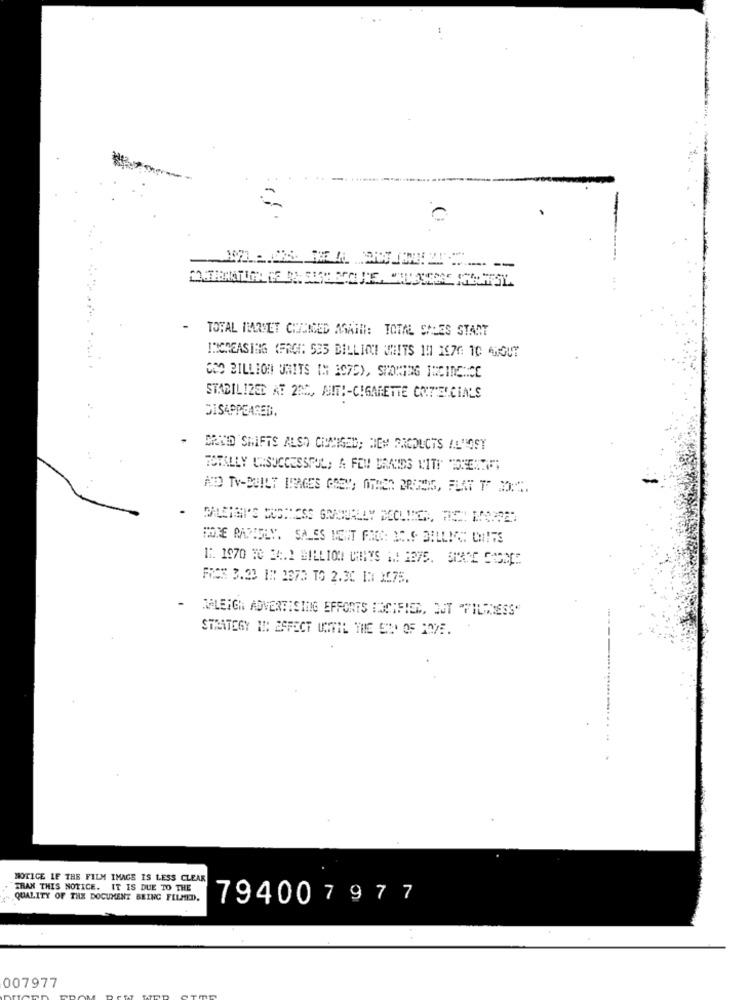
-
TOTAL ITERMET CIUMICED AGAIN: TOTAL SALES START
INCREASING (FRC: 535 BILLIONI UHITS 19 1976 10 4ROUT
GOO BILLION UNITS IN IS7DY, SMOKING INCIDENCE
STABIL IZED AT 20%, AT !- CIGARETTE CONTERCIALS
DISAPPEARED.
BRAD SHIFTS ALSO CIUMIGED; HEM PRODUCTS AL"OSY
FROS 3.23 IN 2870 TO 2.30 IN 1675.
- HALEIGH ADVERTISING EFFORTS DOCIFIER, OUT "FILMONESS"
STRATEGY IN: ESPECT UNTIL THE END OF HOME.
NOTICE IF THE FILM IMAGE IS LESS CLEAR
THAN THIS NOTICE. IT IS DUE TO THE
QUALITY OF THE DOCUMENT BEING FILMED.
794007977
4
007977